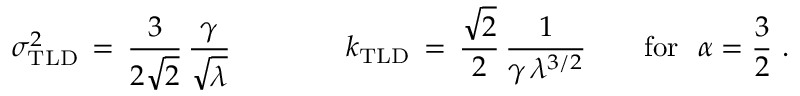
\sigma _ { \mathrm { T L D } } ^ { 2 } \, = \, \frac { 3 } { 2 \sqrt { 2 } } \, \frac { \gamma } { \sqrt { \lambda } } \qquad \qquad k _ { \mathrm { T L D } } \, = \, \frac { \sqrt { 2 } } { 2 } \, \frac { 1 } { \gamma \, \lambda ^ { 3 / 2 } } \qquad \mathrm { f o r } \, \, \, \, \alpha = \frac { 3 } { 2 } \, \, .